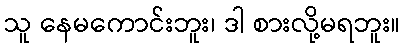
သူ နေမကောင်းဘူး၊ ဒါ စားလို့မရဘူး။